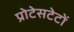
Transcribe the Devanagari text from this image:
प्रोटेसटेटों